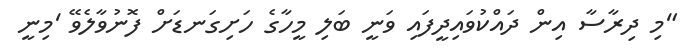
"މި ދިރާސާ އިން ދައްކުވައިދީފައި ވަނީ ބަލި މީހާގެ ހަށިގަނޑަށް ފޮނުވާލެވޭ 'މިނީ